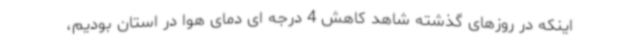
اینکه در روزهای گذشته شاهد کاهش 4 درجه ای دمای هوا در استان بودیم،